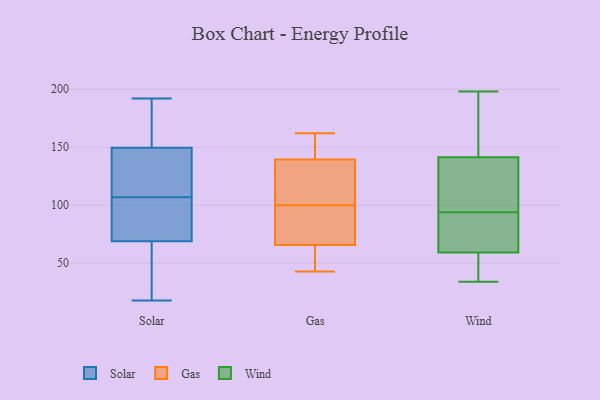
{"axis": {"x": "Conversion Rate (%)", "y": "Value"}, "legend": ["Gas", "Solar", "Wind"], "data": [{"x": "", "y": 125, "type": "Solar"}, {"x": "", "y": 103, "type": "Solar"}, {"x": "", "y": 151, "type": "Solar"}, {"x": "", "y": 87, "type": "Solar"}, {"x": "", "y": 145, "type": "Solar"}, {"x": "", "y": 63, "type": "Solar"}, {"x": "", "y": 107, "type": "Solar"}, {"x": "", "y": 23, "type": "Solar"}, {"x": "", "y": 154, "type": "Solar"}, {"x": "", "y": 192, "type": "Solar"}, {"x": "", "y": 18, "type": "Solar"}, {"x": "", "y": 111, "type": "Gas"}, {"x": "", "y": 147, "type": "Gas"}, {"x": "", "y": 162, "type": "Gas"}, {"x": "", "y": 71, "type": "Gas"}, {"x": "", "y": 100, "type": "Gas"}, {"x": "", "y": 61, "type": "Gas"}, {"x": "", "y": 98, "type": "Gas"}, {"x": "", "y": 64, "type": "Gas"}, {"x": "", "y": 43, "type": "Gas"}, {"x": "", "y": 147, "type": "Gas"}, {"x": "", "y": 117, "type": "Gas"}, {"x": "", "y": 198, "type": "Wind"}, {"x": "", "y": 34, "type": "Wind"}, {"x": "", "y": 155, "type": "Wind"}, {"x": "", "y": 74, "type": "Wind"}, {"x": "", "y": 191, "type": "Wind"}, {"x": "", "y": 36, "type": "Wind"}, {"x": "", "y": 94, "type": "Wind"}, {"x": "", "y": 112, "type": "Wind"}, {"x": "", "y": 45, "type": "Wind"}, {"x": "", "y": 73, "type": "Wind"}, {"x": "", "y": 126, "type": "Wind"}, {"x": "", "y": 64, "type": "Wind"}, {"x": "", "y": 137, "type": "Wind"}]}